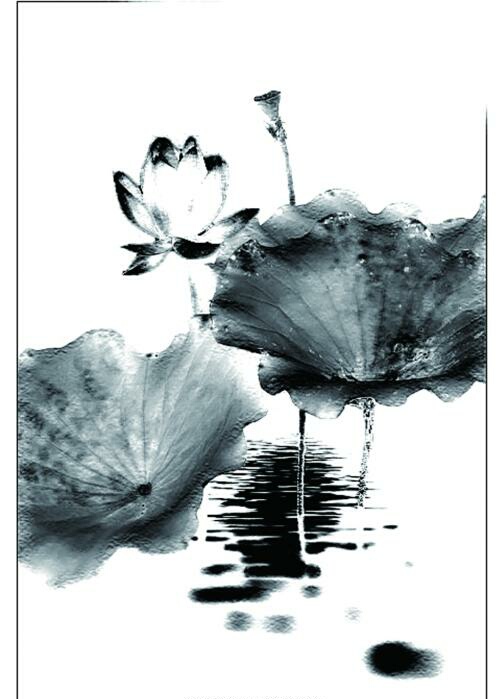
民之归仁也，犹水之就下，兽之走圹也。